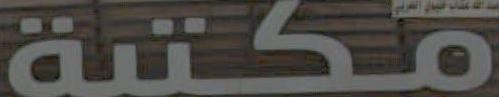
مكتبة